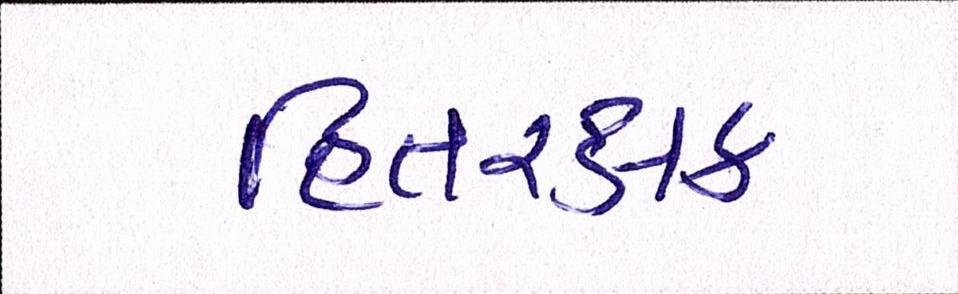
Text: હિતરક્ષક